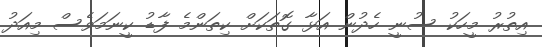
އިތުރު މީހަކު ސުނީ ހެދުން އަޅާ ގޮތަަކަށް ކިތަންމެ ފާޑު ކީނަމަވެސް މިއަދު